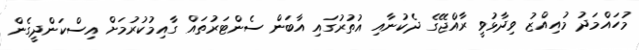
މުހައްމަދު މުއިއްޒު ވިދާޅުވީ ރާއްޖޭގެ ދެކުނާއި އުތުރުގައި އާބަން ސެންޓަރުތައް ގާއިމުކުރުމަށް އިސްކަންދީގެން